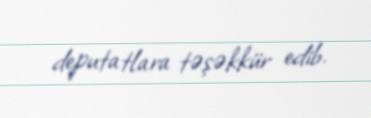
deputatlara təşəkkür edib.